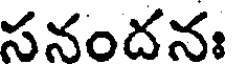
సనందనః